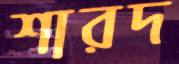
শারদ